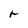
Character: r